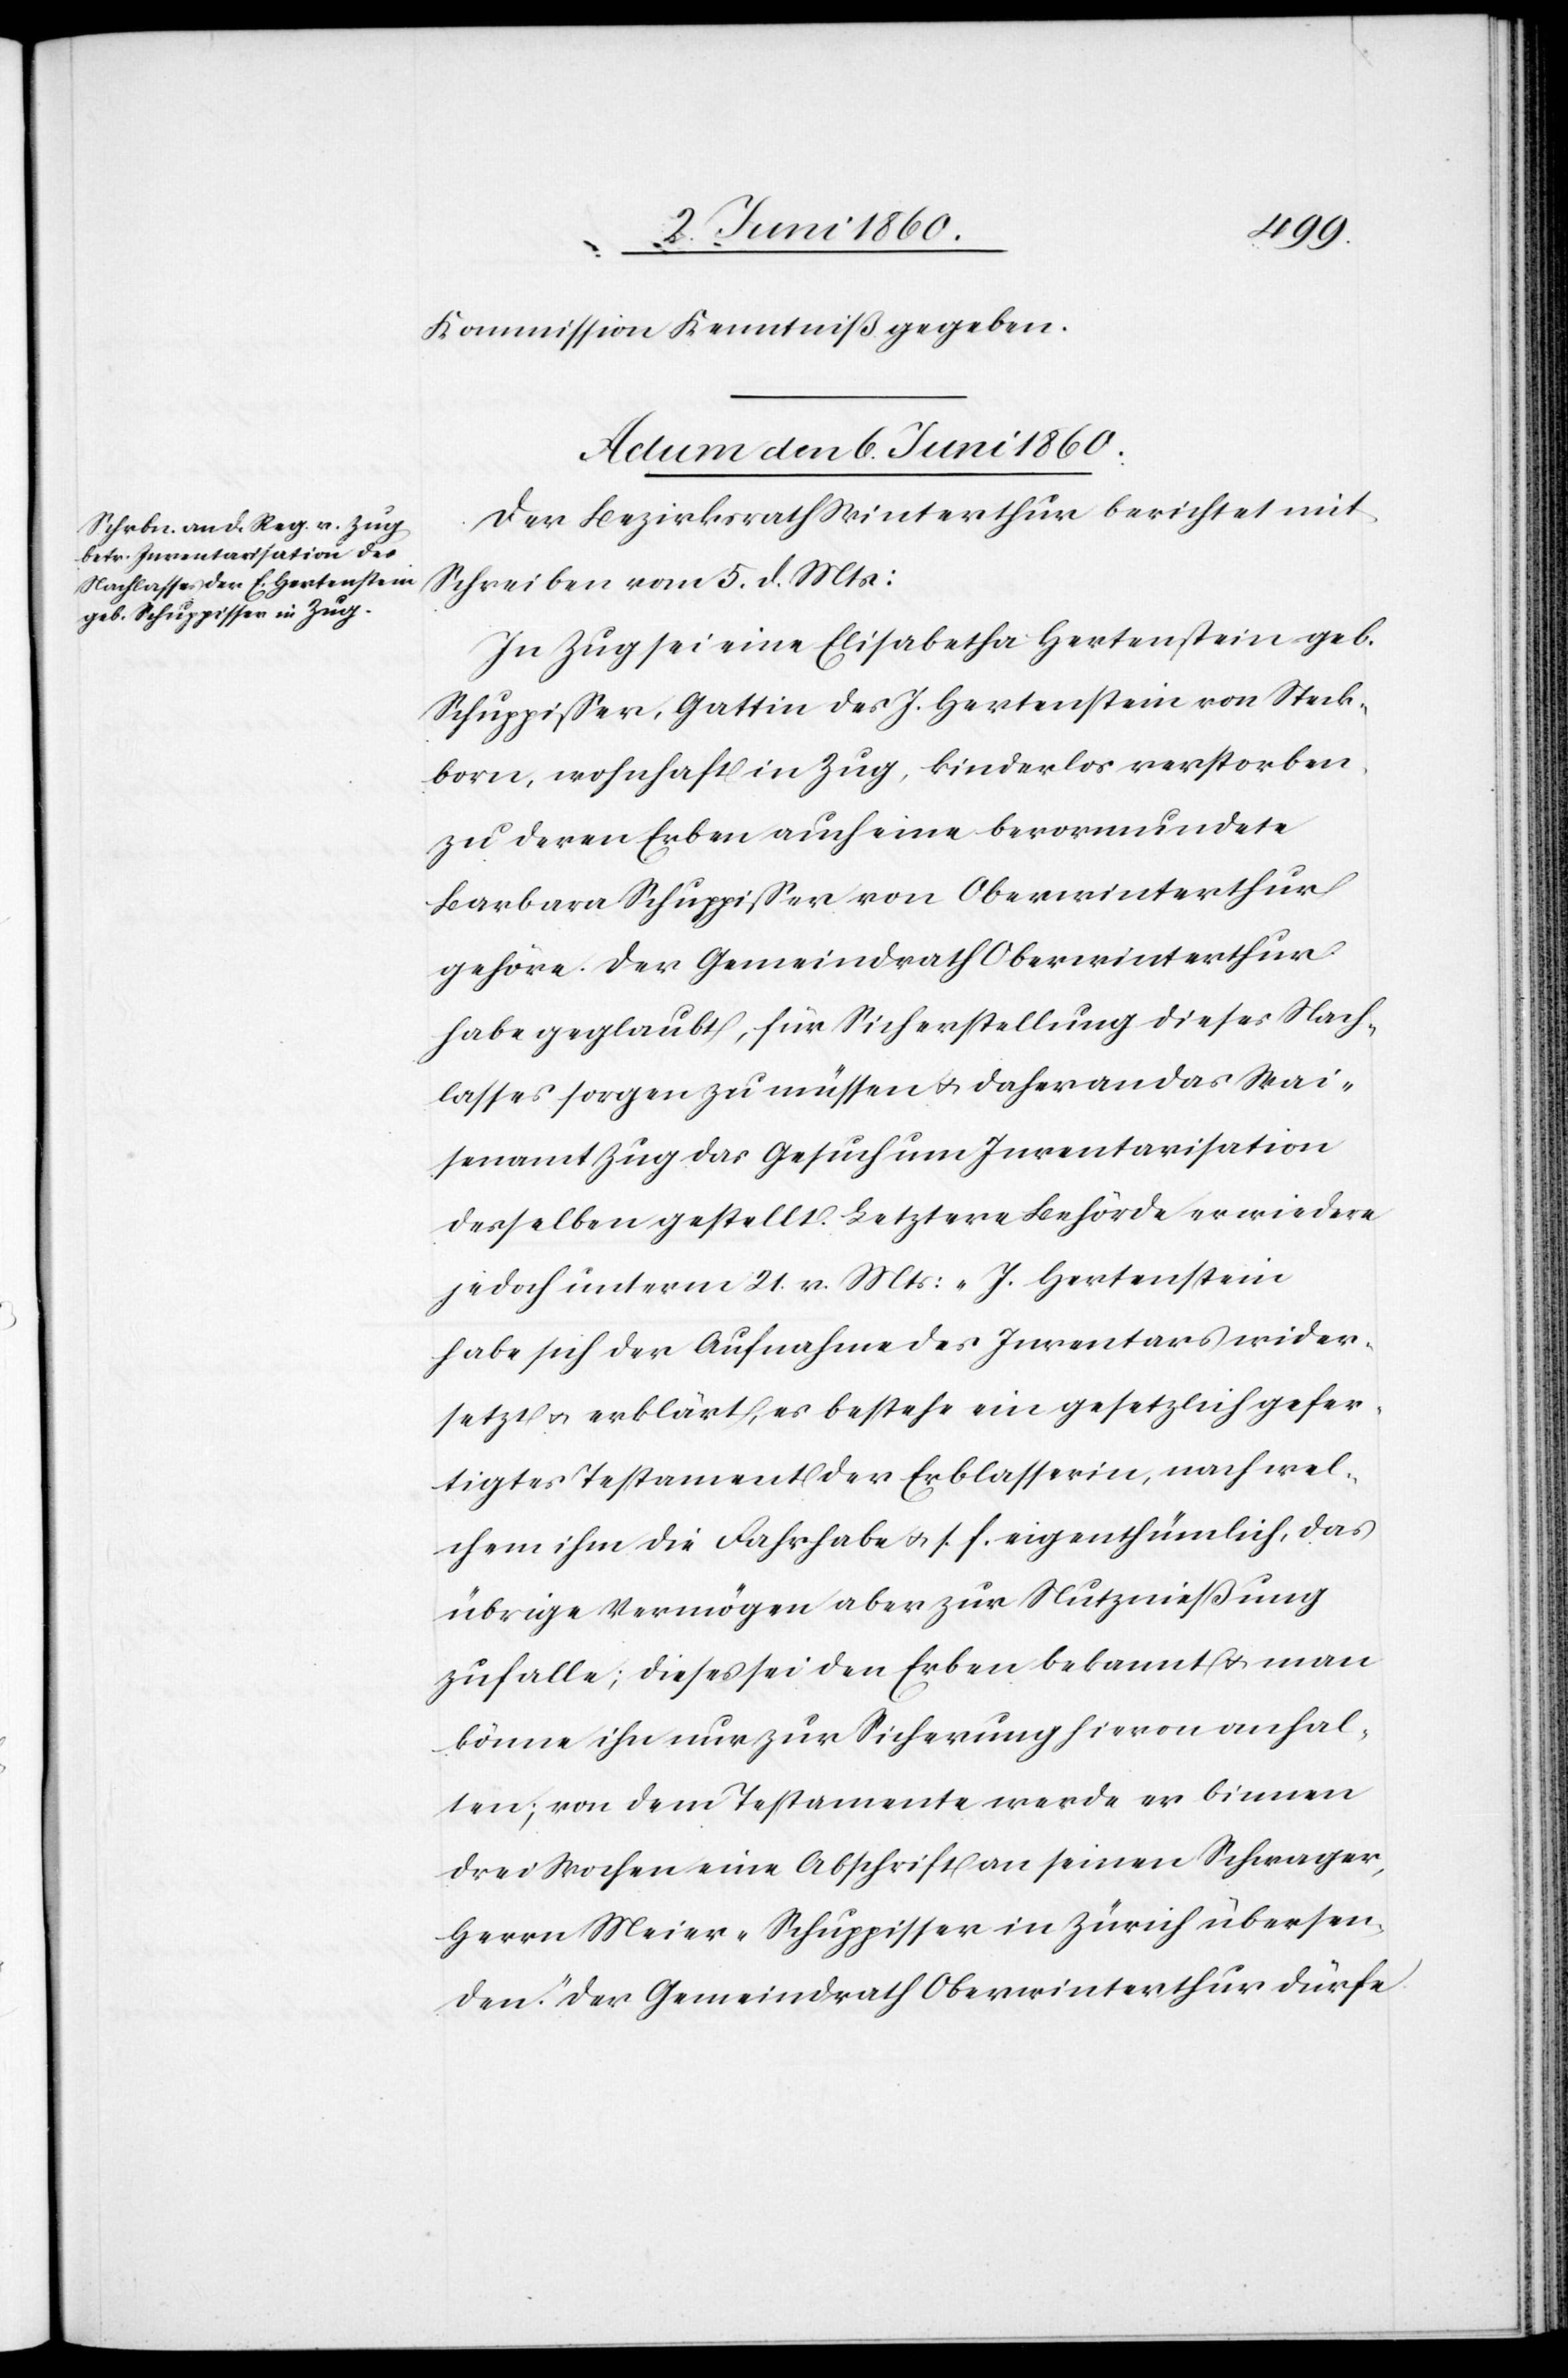
Kommission Kenntniß gegeben.
Actum den 6. Juni 1860.
Der Bezirksrath Winterthur berichtet mit
Schreiben vom 5. d. Mts:
In Zug sei eine Elisabetha Hertenstein geb.
Schuppisser, Gattin des J. Hertenstein von Steck¬
born, wohnhaft in Zug, kinderlos verstorben,
zu deren Erben auch eine bevormundete
Barbara Schuppisser von Oberwinterthur
gehöre. Der Gemeindrath Oberwinterthur
habe geglaubt, für Sicherstellung dieses Nach¬
lasses sorgen zu müssen u. daher an das Wai¬
senamt Zug das Gesuch um Inventarisation
desselben gestellt. Letztere Behörde erwiedere
jedoch unterm 21. v. Mts: „J. Hertenstein
habe sich der Aufnahme des Inventars wider¬
setzt u. erklärt, es bestehe ein gesetzlich gefer¬
tigtes Testament der Erblasserin, nach wel¬
chem ihm die Fahrhabe u. s. f. eigenthümlich, das
übrige Vermögen aber zur Nutznießung
zufalle; dieses sei den Erben bekannt u. man
könne ihn nur zur Sicherung hievon anhal¬
ten; von dem Testamente werde er binnen
drei Wochen eine Abschrift an seinen Schwager,
Herrn Meier-Schuppisser in Zürich übersen¬
den.“ Der Gemeindrath Oberwinterthur dürfe